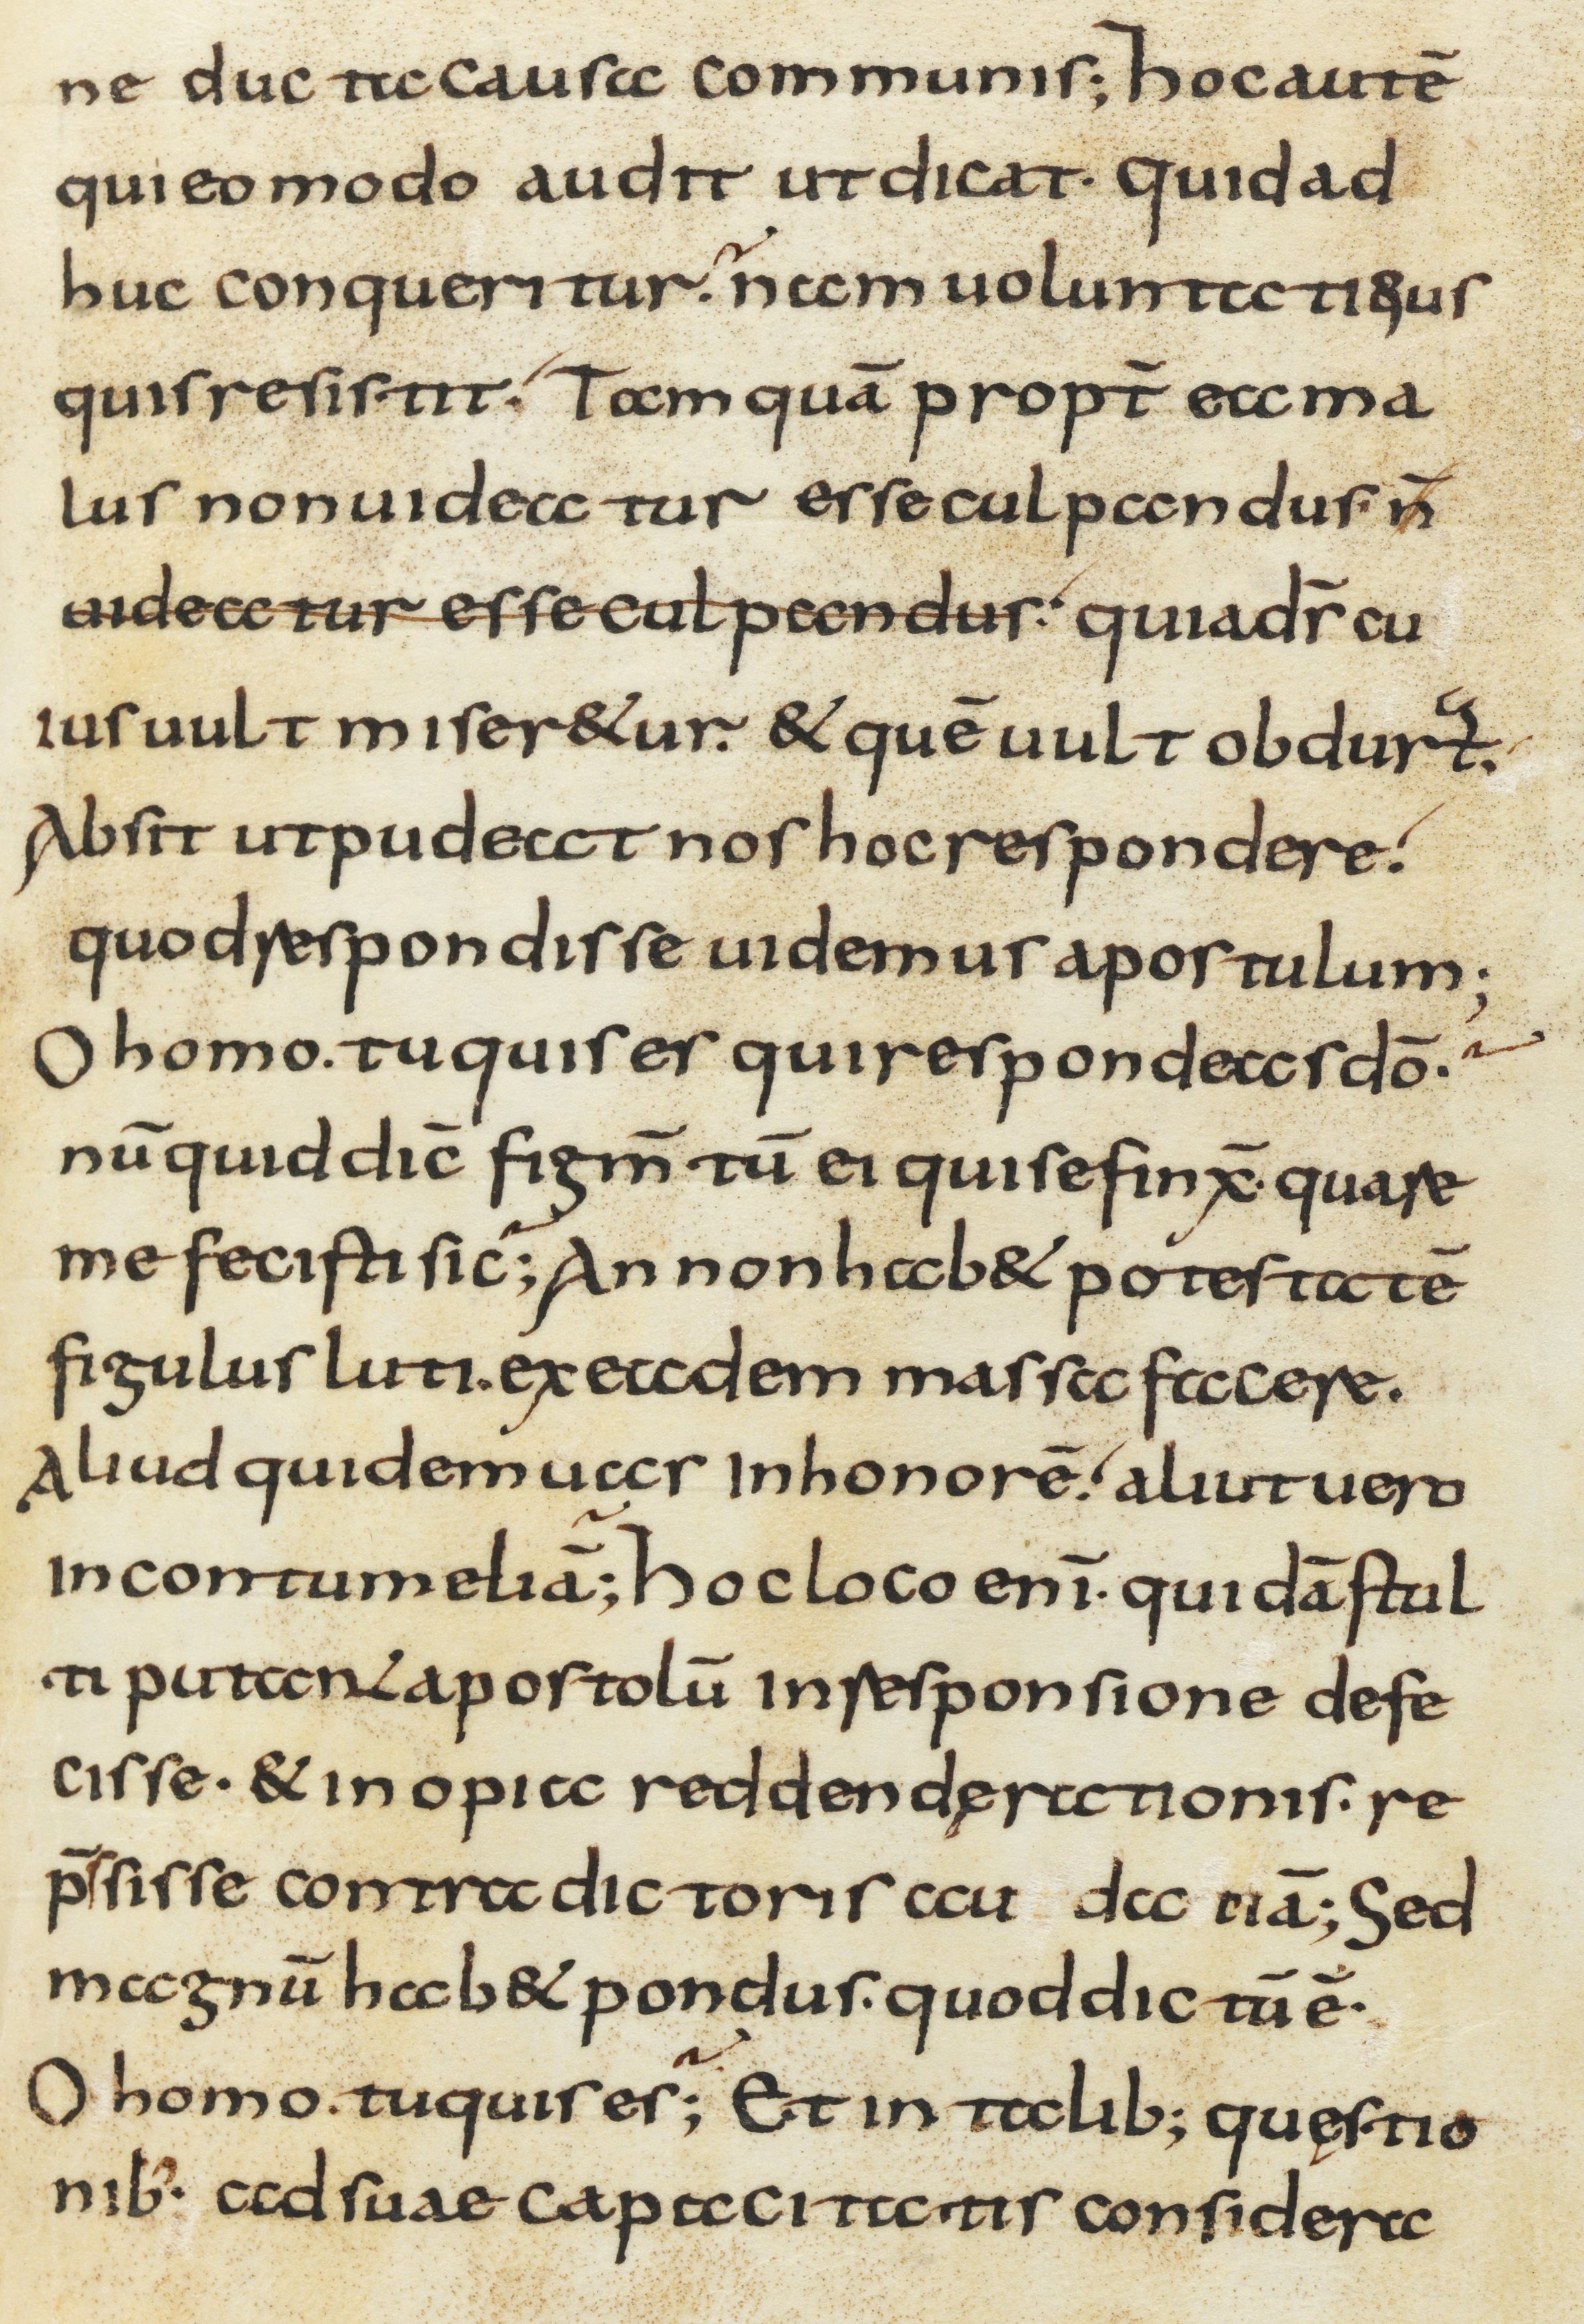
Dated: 800–1299